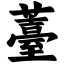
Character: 薹